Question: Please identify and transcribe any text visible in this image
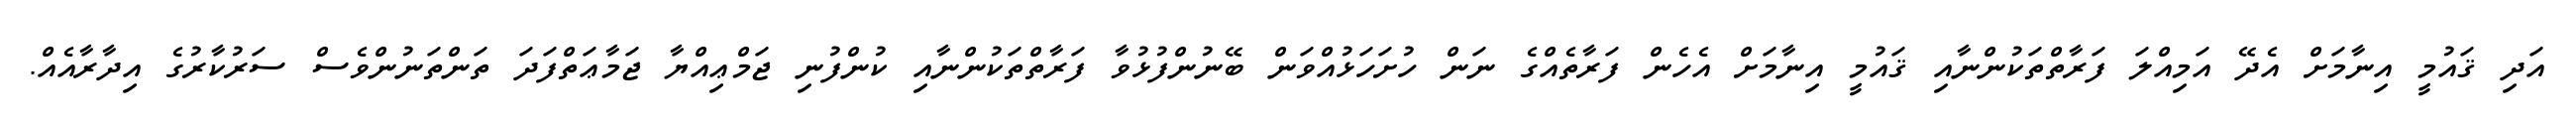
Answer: އަދި ޤައުމީ އިނާމަށް އެދޭ އަމިއްލަ ފަރާތްތަކުންނާއި ޤައުމީ އިނާމަށް އެހެން ފަރާތެއްގެ ނަން ހުށަހަޅުއްވަން ބޭނުންފުޅުވާ ފަރާތްތަކުންނާއި ކުންފުނި ޖަމްޢިއްޔާ ޖަމާޢަތްފަދަ ތަންތަނުންވެސް ސަރުކާރުގެ އިދާރާއެއް.